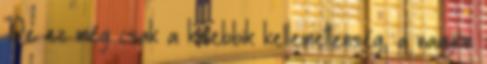
De ez még csak a kisebbik kellemetlenség, a nagyon